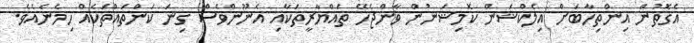
އެގޮތުން އިންތިހާބަށް އިލެކްޝަން ކޮމިޝަނުން ވާންޖެހޭ ތައްޔާރީތަކާއި އެނޫންވެސް ގިނަ ކަންތައްތަކެއް ހިމެނެއެވެ.